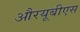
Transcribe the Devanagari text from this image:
औरयूबीएस